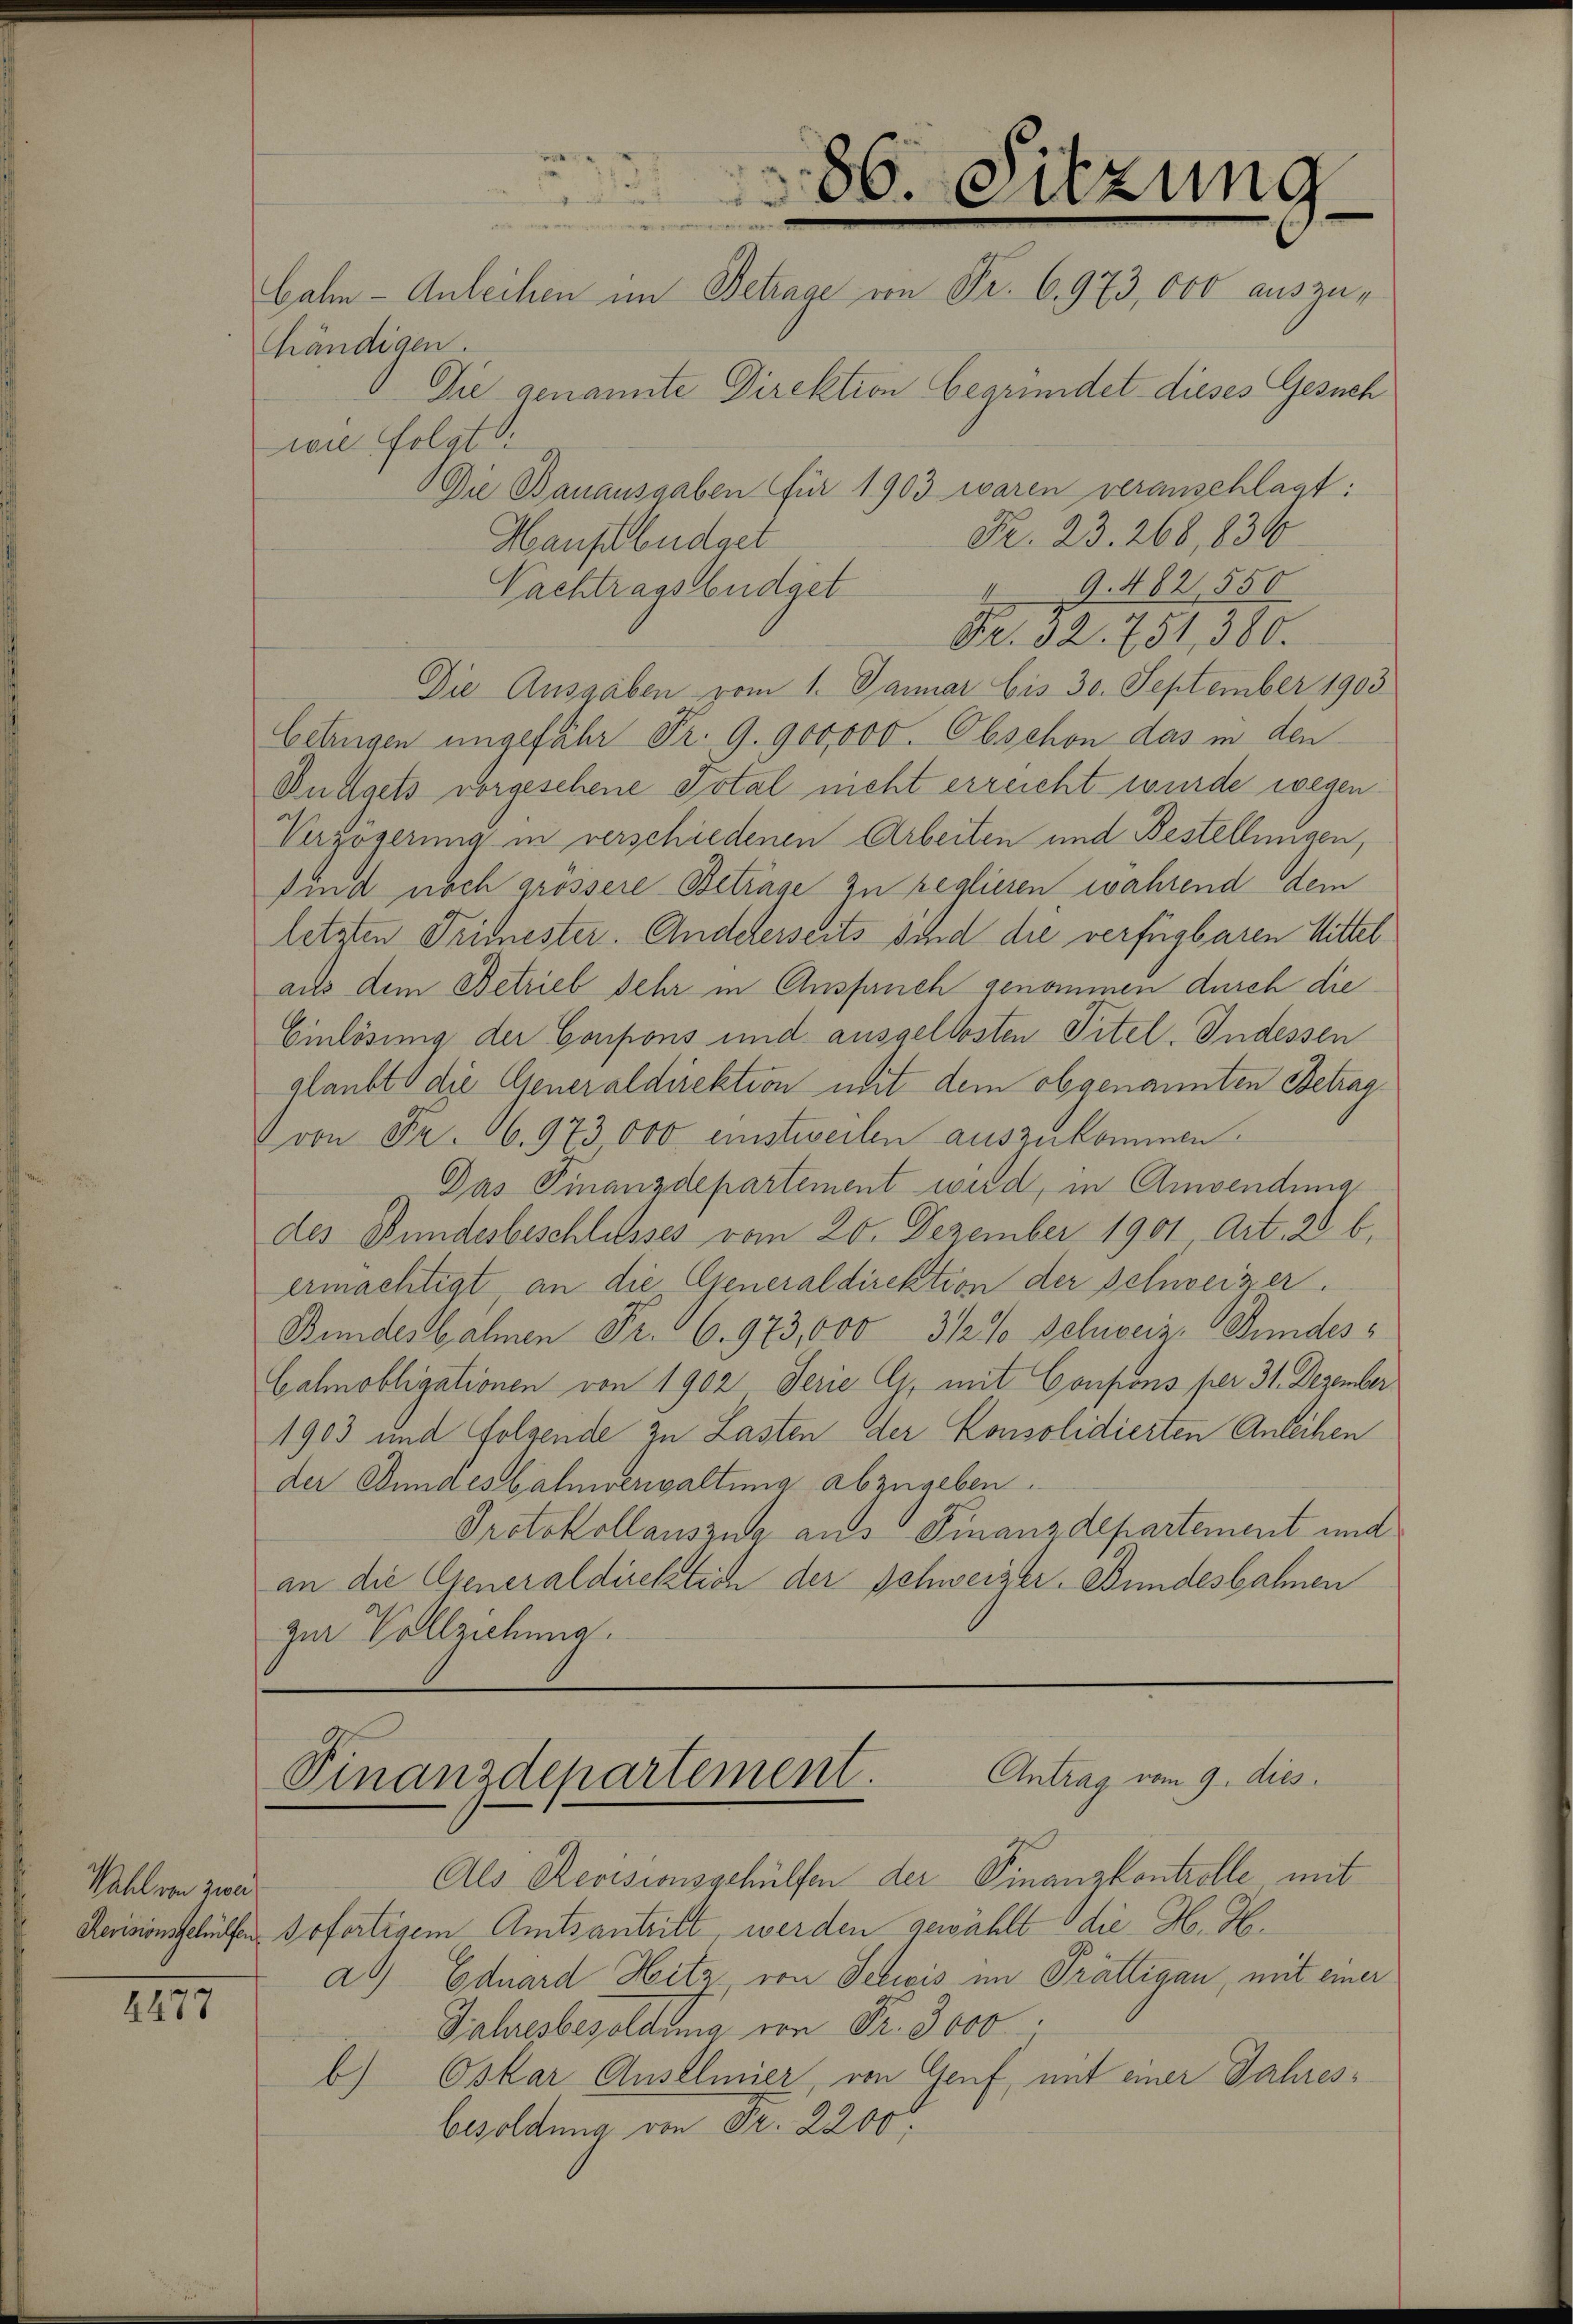
Wahl von zwe

1275

händigen.
Die genannte Direktion begründet dieses Gesuch
wie folgt:
Die Bauausgaben für 1903 waren veranschlagt:
Fr. 23. 268, 836
Hanfbüdget
19. 482, 550
Nachtragsbüdget
Fr. 32. 751, 380.
Die Ausgaben vom 1. Januar bis 30. September 1903
Eetrugen ungefähr Fr. 9. 900,000. Obschon das in den
Budgets vorgesehene Total nicht erreicht wurde wegen
Verzögerung in verschiedenen Arbeiten und Bestellungen,
find noch grössere Betrage zu reglieren während dem
letzten Trimester. Andelerseits sind die verfügbaren Mittel
aus dem Betrieb sehr in Ausfauch genommen durch die
Einlösung der Coupons und ausgellosten Titel. Indessen
glaubt die Generaldirektion mit dem obgenannten Betrag
von Fr. 16. 973,000 einstweilen auszukommen.
Das Finanzdepartement wird, in Anwendung
des Bundesbeschlusses vom 20. Dezember 1901 Art. 28 b
ermächtigt an die Generaldirektion der Schweizer.
Bundesbahnen Fr. 6. 973,000 3/2% Schweiz, Bundes¬
Gahnobligationen von 1902 Serie G. mit Coupons per 31. Dezember
1903 und folgende zu Lasten der Konsolidierten Anleihen
der Bundesbahnverwaltung abzugeben.
Protokollauszug aus Finanzdepartement und
an die Generaldirektion der Schweizer. Bundesbahnen
zur Vollziehung.

86. Sitzung
un
bahn - Anleihen im Betrage von Fr. 6973,000 auszu¬

Finanzdepartement. Antrag vom 9. dies

Als Revisionsgehülfen der Finanzkontrolle mit
Revisionsschülfen sofertigem Amtsantritt, werden gewählt die H. H.
ad Eduard Hitz, von Seliis im Prättigau, mit einer
Jahresbesoldung von Fr. 3000.
b) Oskar Ausllmier, von Genf, mit einer Jahresbesoldung von Fr. 2200